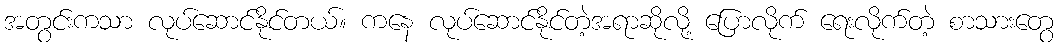
အတွင်းကသာ လုပ်ဆောင်နိုင်တယ်။ ကနေ လုပ်ဆောင်နိုင်တဲ့အရာဆိုလို့ ပြောလိုက် ရေးလိုက်တဲ့ စာသားတွေ